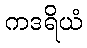
ကဒရိယံ